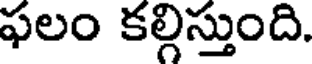
ఫలం కల్గిస్తుంది.